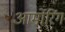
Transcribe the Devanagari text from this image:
आर्मोरिंग